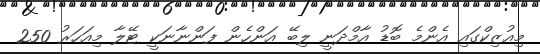
މިއުޒިކްގައި އެންމެ ބޮޑު އާމްދަނީ ލިބޭ އަންހެން ފަންނާނަކީ ޓޭލާ މިއަހަރު 250